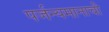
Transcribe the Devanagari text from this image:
पर्जन्यमानाची